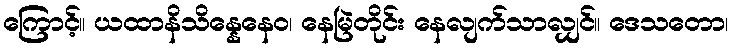
ကြောင့်။ ယထာနိသိန္နေနေဝ၊ နေမြဲတိုင်း နေလျက်သာလျှင်။ ဒေသတော၊